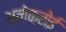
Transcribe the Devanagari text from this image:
अलेक्सेई